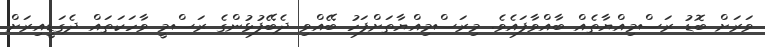
ވަރަށް ބޮޑު ރަސްމިއްޔާތެއް ބާއްވާފައެވެ. މިރަސްމިއްޔާތަށްފަހު ބޭއްވި ދެބޭފުޅުންގެ ރަސްމީ ވާހަކަތައް ދެގަޑީއިރަށް